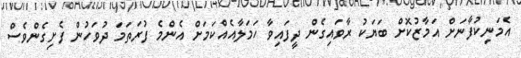
އެމަނިކުފާނަށް އަމާޒުކޮށް ބަޔަކު ރާވައިގެން ދީފައިވާ ހަމަލާއެއްކަމަށް އެންމެ ފުރަތަމަ ދުވަހުން ފެށިގެންވެސް